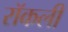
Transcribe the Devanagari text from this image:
रॉकली